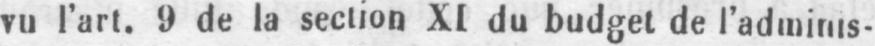
vu l’art. 9 de la section XI du budget de l’adminis-